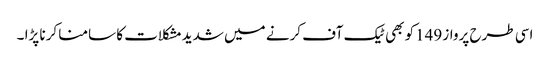
اسی طرح پرواز 149کو بھی ٹیک آف کرنے میں شدیدمشکلات کا سامنا کرنا پڑا ۔